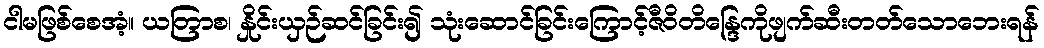
ငါမဖြစ်စေအံ့။ ယတြာစ၊ နှိုင်းယှဉ်ဆင်ခြင်း၍ သုံးဆောင်ခြင်းကြောင့်ဇီဝိတိန္ဒြေကိုဖျက်ဆီးတတ်သောဘေးရန်